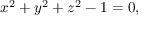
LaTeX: x ^ { 2 } + y ^ { 2 } + z ^ { 2 } - 1 = 0 ,